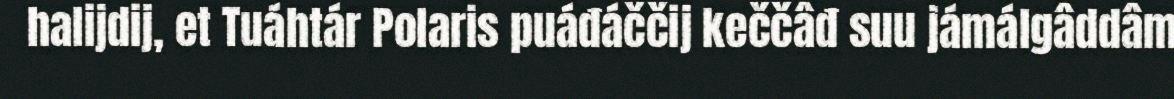
halijdij, et Tuáhtár Polaris puáđáččij keččâđ suu jámálgâddâm